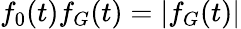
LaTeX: f_{0}(t)f_{G}(t)=|f_{G}(t)|